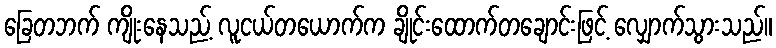
ခြေတဘက် ကျိုးနေသည့် လူငယ်တယောက်က ချိုင်းထောက်တချောင်းဖြင့် လျှောက်သွားသည်။